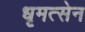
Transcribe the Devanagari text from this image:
धृमत्सेन